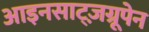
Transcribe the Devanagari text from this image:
आइनसाट्ज़ग्रूपेन